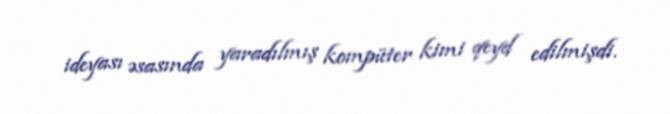
ideyası əsasında yaradılmış kompüter kimi qeyd edilmişdi.